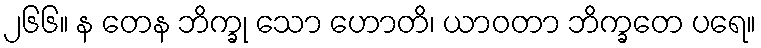
၂၆၆။ န တေန ဘိက္ခု သော ဟောတိ၊ ယာဝတာ ဘိက္ခတေ ပရေ။